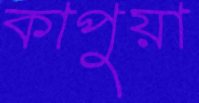
কাপুয়া